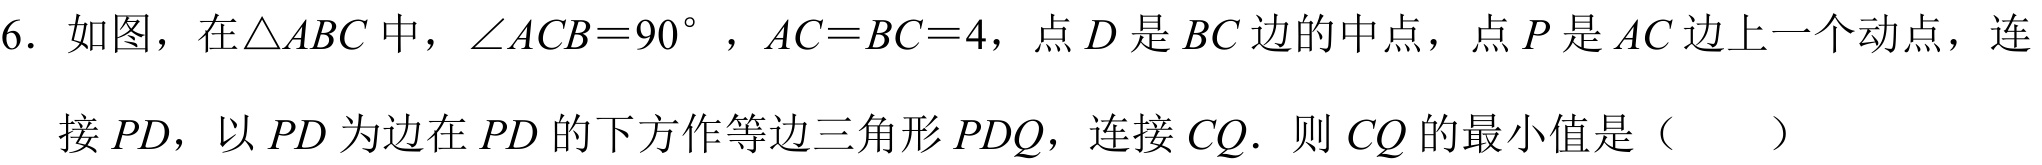
6. 如图，在$\triangle ABC$中，$\angle ACB = 90^{\circ}$，$AC = BC = 4$，点$D$是$BC$边的中点，点$P$是$AC$边上一个动点，连接$PD$，以$PD$为边在$PD$的下方作等边三角形$PDQ$，连接$CQ$. 则$CQ$的最小值是（  ）